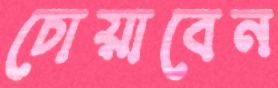
চোয়াবেন